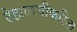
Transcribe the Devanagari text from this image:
टेहाळणीकरिता